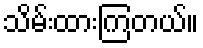
သိမ်းထားကြတယ်။